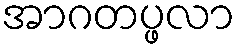
အာဂတပ္ဖလာ